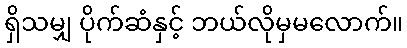
ရှိသမျှ ပိုက်ဆံနှင့် ဘယ်လိုမှမလောက်။